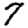
Digit: 7